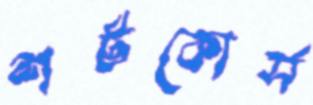
শর্টকোর্স